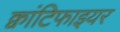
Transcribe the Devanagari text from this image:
क्वांटिफाइयर